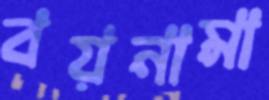
বয়নামা